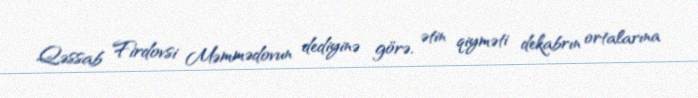
Qəssab Firdovsi Məmmədovun dediyinə görə, ətin qiyməti dekabrın ortalarına